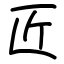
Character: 匠